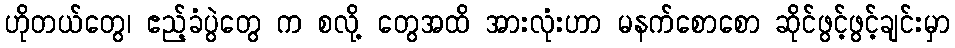
ဟိုတယ်တွေ၊ ဧည့်ခံပွဲတွေ က စလို့ တွေအထိ အားလုံးဟာ မနက်စောစော ဆိုင်ဖွင့်ဖွင့်ချင်းမှာ